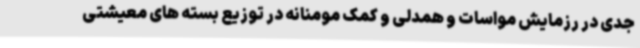
جدی در رزمایش مواسات و همدلی و کمک مومنانه در توزیع بسته های معیشتی